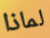
لماذا